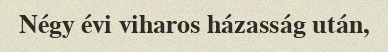
Négy évi viharos házasság után,